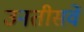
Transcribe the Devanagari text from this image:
उनतीसवें